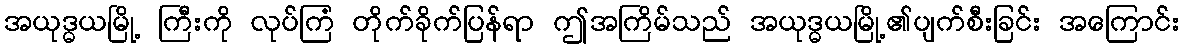
အယုဒ္ဓယမြို့ ကြီးကို လုပ်ကြံ တိုက်ခိုက်ပြန်ရာ ဤအကြိမ်သည် အယုဒ္ဓယမြို့၏ပျက်စီးခြင်း အကြောင်း